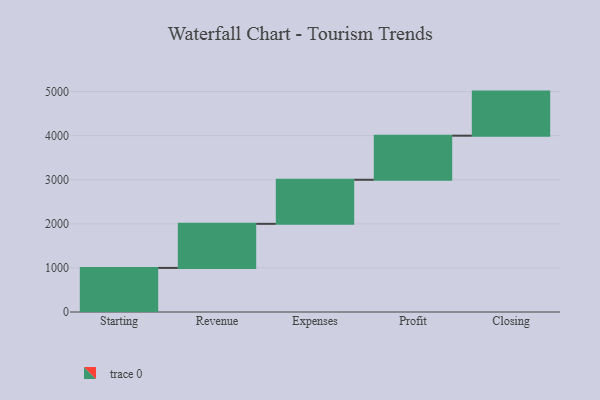
{"axis": {"x": "Step", "y": "Value"}, "legend": [""], "data": [{"x": "Starting", "y": 1000, "type": ""}, {"x": "Revenue", "y": 1000, "type": ""}, {"x": "Expenses", "y": 1000, "type": ""}, {"x": "Profit", "y": 1000, "type": ""}, {"x": "Closing", "y": 1000, "type": ""}]}